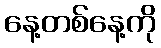
နေ့တစ်နေ့ကို